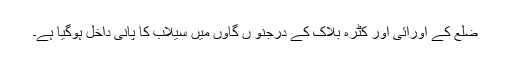
ضلع کے اورائی اور کٹرہ بلاک کے درجنو ں گاؤں میں سیلاب کا پانی داخل ہوگیا ہے۔